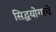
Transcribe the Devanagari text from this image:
सिद्धयोगाचे